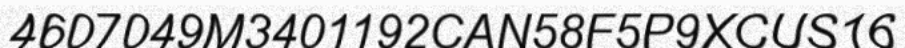
4607049M3401192CAN58F5P9XCUS16